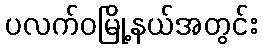
ပလက်ဝမြို့နယ်အတွင်း